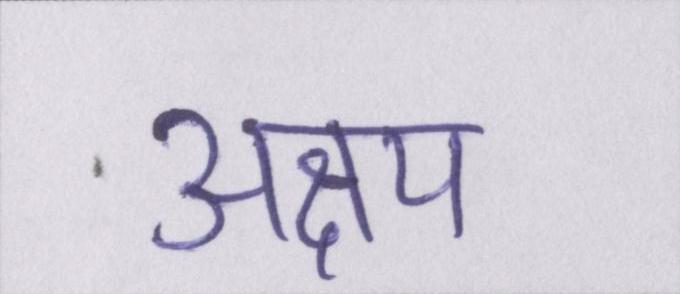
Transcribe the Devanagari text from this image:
अक्षय